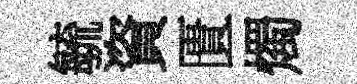
毓資匱燭